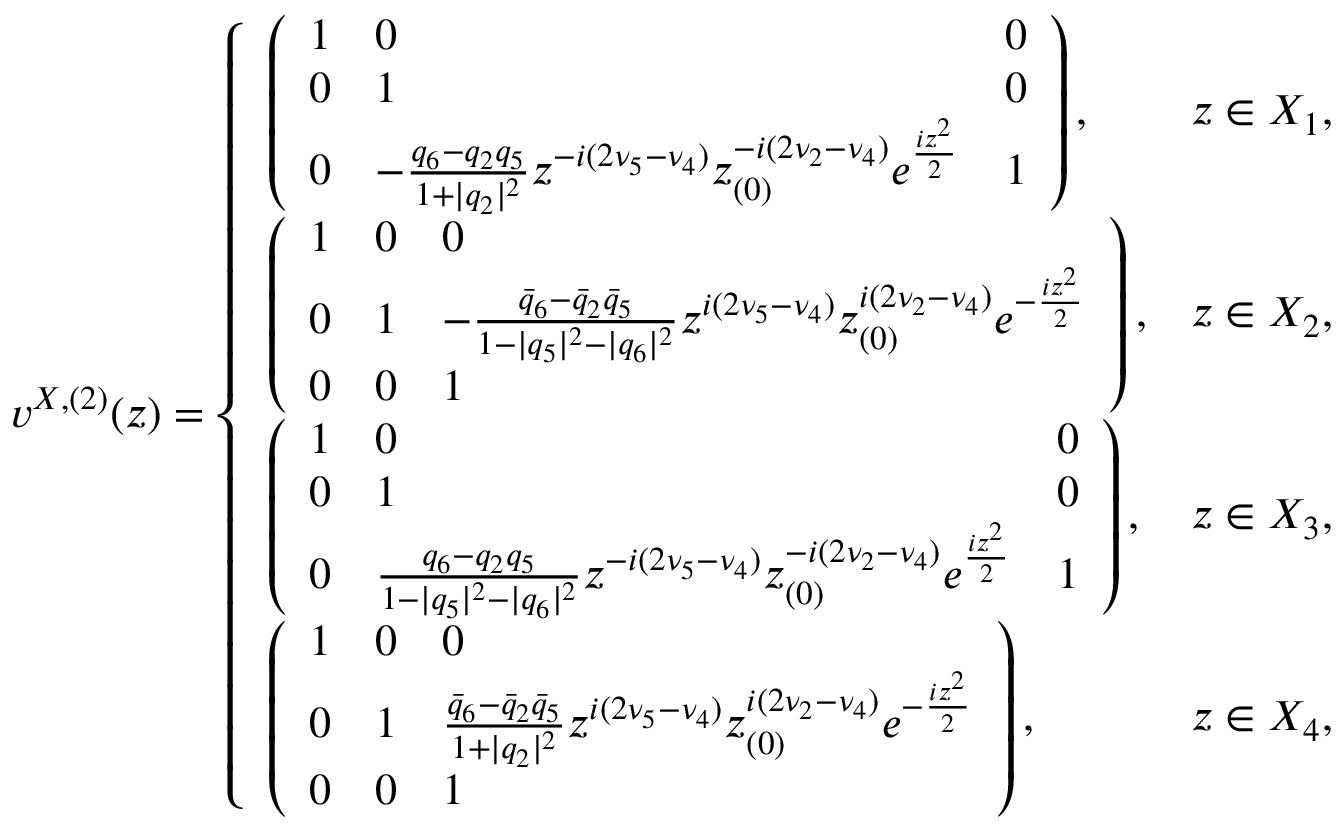
\begin{array} { r } { v ^ { X , ( 2 ) } ( z ) = \left\{ \begin{array} { l l } { \left( \begin{array} { l l l } { 1 } & { 0 } & { 0 } \\ { 0 } & { 1 } & { 0 } \\ { 0 } & { - \frac { q _ { 6 } - q _ { 2 } q _ { 5 } } { 1 + | q _ { 2 } | ^ { 2 } } z ^ { - i ( 2 \nu _ { 5 } - \nu _ { 4 } ) } z _ { ( 0 ) } ^ { - i ( 2 \nu _ { 2 } - \nu _ { 4 } ) } e ^ { \frac { i z ^ { 2 } } { 2 } } } & { 1 } \end{array} \right) , } & { z \in X _ { 1 } , } \\ { \left( \begin{array} { l l l } { 1 } & { 0 } & { 0 } \\ { 0 } & { 1 } & { - \frac { \bar { q } _ { 6 } - \bar { q } _ { 2 } \bar { q } _ { 5 } } { 1 - | q _ { 5 } | ^ { 2 } - | q _ { 6 } | ^ { 2 } } z ^ { i ( 2 \nu _ { 5 } - \nu _ { 4 } ) } z _ { ( 0 ) } ^ { i ( 2 \nu _ { 2 } - \nu _ { 4 } ) } e ^ { - \frac { i z ^ { 2 } } { 2 } } } \\ { 0 } & { 0 } & { 1 } \end{array} \right) , } & { z \in X _ { 2 } , } \\ { \left( \begin{array} { l l l } { 1 } & { 0 } & { 0 } \\ { 0 } & { 1 } & { 0 } \\ { 0 } & { \frac { q _ { 6 } - q _ { 2 } q _ { 5 } } { 1 - | q _ { 5 } | ^ { 2 } - | q _ { 6 } | ^ { 2 } } z ^ { - i ( 2 \nu _ { 5 } - \nu _ { 4 } ) } z _ { ( 0 ) } ^ { - i ( 2 \nu _ { 2 } - \nu _ { 4 } ) } e ^ { \frac { i z ^ { 2 } } { 2 } } } & { 1 } \end{array} \right) , } & { z \in X _ { 3 } , } \\ { \left( \begin{array} { l l l } { 1 } & { 0 } & { 0 } \\ { 0 } & { 1 } & { \frac { \bar { q } _ { 6 } - \bar { q } _ { 2 } \bar { q } _ { 5 } } { 1 + | q _ { 2 } | ^ { 2 } } z ^ { i ( 2 \nu _ { 5 } - \nu _ { 4 } ) } z _ { ( 0 ) } ^ { i ( 2 \nu _ { 2 } - \nu _ { 4 } ) } e ^ { - \frac { i z ^ { 2 } } { 2 } } } \\ { 0 } & { 0 } & { 1 } \end{array} \right) , } & { z \in X _ { 4 } , } \end{array} \right. } \end{array}